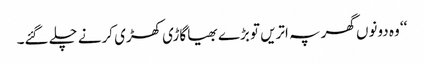
‘‘ وہ دونوں گھر پہ اتریں تو بڑے بھیا گاڑی کھڑی کرنے چلے گئے۔